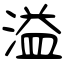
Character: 溢